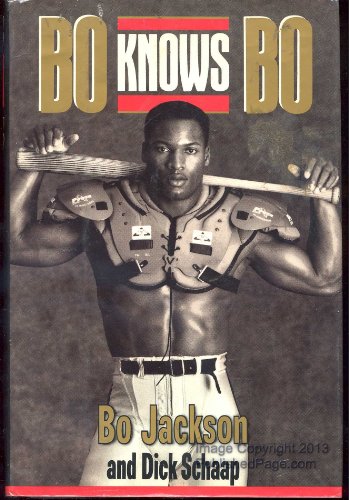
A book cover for Bo Knows Bo; Bo Jackson; Biographies & Memoirs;